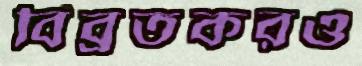
বিব্রতকরও